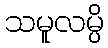
သမူလမ္ပိ